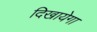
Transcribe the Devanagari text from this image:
दिखायेगा